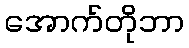
အောက်တိုဘာ